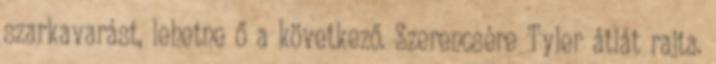
szarkavarást, lehetne ő a következő. Szerencsére Tyler átlát rajta.